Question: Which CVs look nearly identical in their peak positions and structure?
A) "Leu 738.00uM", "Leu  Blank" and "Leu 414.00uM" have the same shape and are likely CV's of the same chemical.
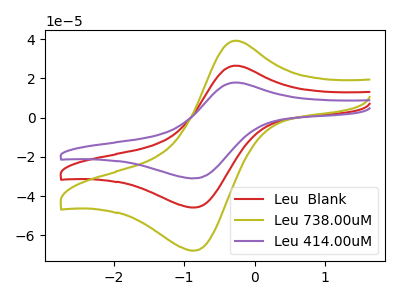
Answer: <think>The red curve "Leu  Blank" has an anodic peak at (-0.30V, 26.55uA) and a cathodic peak at (-0.85V, -45.80uA). The olive curve "Leu 738.00uM" has an anodic peak at (-0.30V, 39.25uA) and a cathodic peak at (-0.85V, -67.80uA). The purple curve "Leu 414.00uM" has an anodic peak at (-0.30V, 53.10uA) and a cathodic peak at (-0.85V, -91.60uA).
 All the peaks in "Leu  Blank" have a peak in "Leu 738.00uM" at the same potential. Every peak in "Leu  Blank" is lower than every peak in "Leu 738.00uM". All the peaks in "Leu  Blank" have a peak in "Leu 414.00uM" at the same potential. Every peak in "Leu  Blank" is lower than every peak in "Leu 414.00uM". All the peaks in "Leu 738.00uM" have a peak in "Leu 414.00uM" at the same potential. Every peak in "Leu 738.00uM" is lower than every peak in "Leu 414.00uM".</think>
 <answer>A) "Leu 738.00uM", "Leu  Blank" and "Leu 414.00uM" have the same shape and are likely CV's of the same chemical.</answer>
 <eval>A</eval>